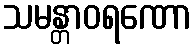
သမန္တာဝရဏော